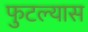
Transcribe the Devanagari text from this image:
फुटल्यास